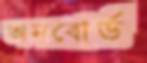
অনবোর্ড